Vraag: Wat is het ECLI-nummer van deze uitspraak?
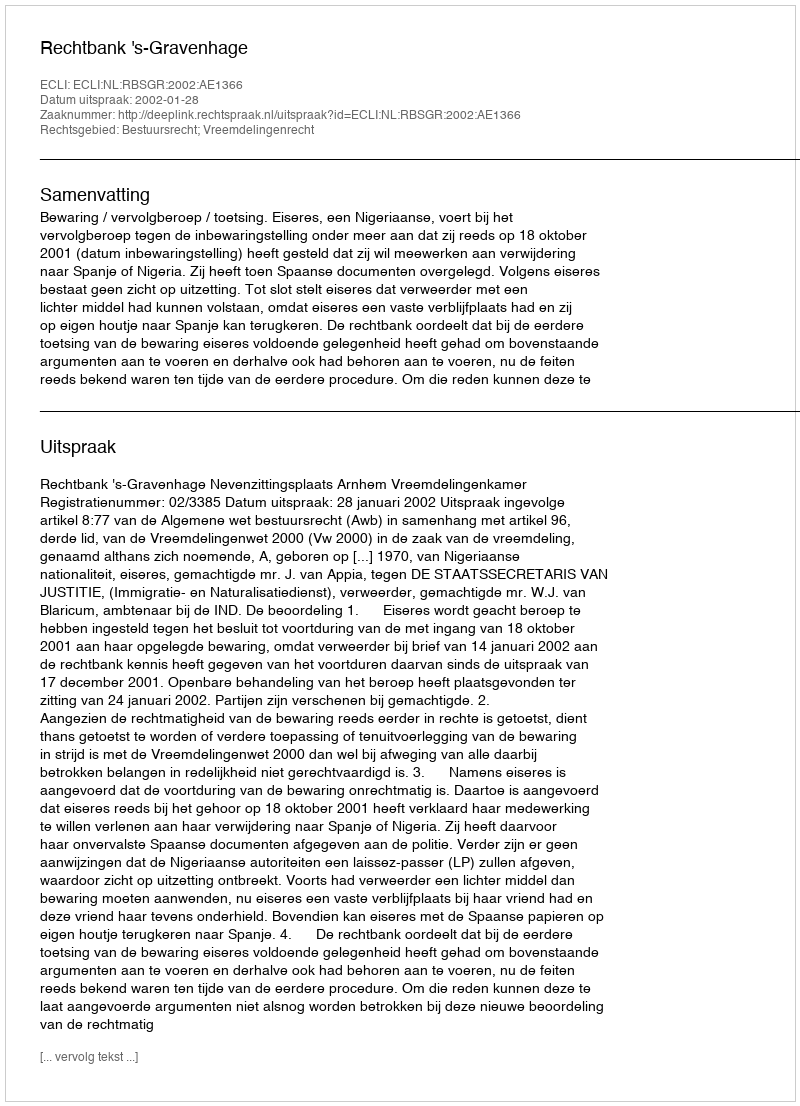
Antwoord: ECLI:NL:RBSGR:2002:AE1366